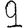
Digit: 9